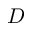
D